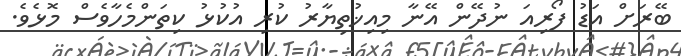
ބޭރަށް އަޑު ފޯރިއަ ނުދޭން އޭނާ މިއިޚުތިޔާރު ކުރި އުކުޅު ކިތަންމެހާވެސް މޮޅެވެ.